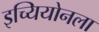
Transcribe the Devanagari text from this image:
इच्यियोनला